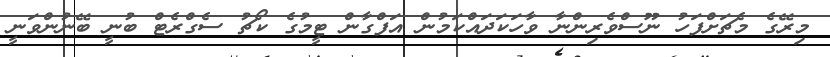
މިރޭގެ މެޗަށްފަހު ނޫސްވެރިންނާ ވާހަކަދައްކަމުން އަފްގާން ޓީމުގެ ކޯޗު ސެގްރެޓް ބުނީ ބޭނުންވަނީ